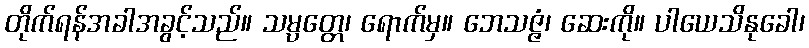
တိုက်ရန်အခါအခွင့်သည်။ သမ္ပတ္တေ၊ ရောက်မှ။ ဘေသဇ္ဇံ၊ ဆေးကို။ ပါယေသိနုခေါ၊